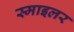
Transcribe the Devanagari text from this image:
स्माइलर